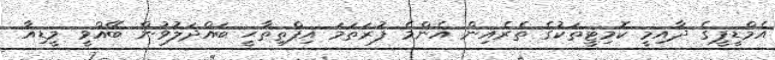
އެމްޑީޕީގެ ދާއިމީ ކޮމިޓީތަކުގެ ތެރެއިން އެންމެ ފުރަތަމަ އިފްތިތާޙީ ބައްދަލުވުން ބޭއްވީ މީޑިއާ